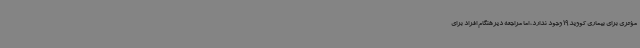
مؤثری برای بیماری کووید19 وجود ندارد، اما مراجعه دیرهنگام افراد برای